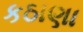
કઠાણા